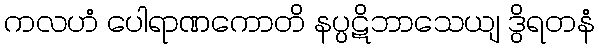
ကလဟံ ပေါရာဏကောတိ နပ္ပဋိဘာသေယျ ဒွိရတနံ